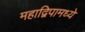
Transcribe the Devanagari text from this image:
महाद्विपामध्ये